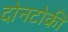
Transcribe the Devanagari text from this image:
दोनटोकी